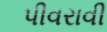
પીવરાવી